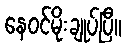
နေဝင်မိုးချုပ်ပြီ။